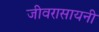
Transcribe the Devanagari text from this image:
जीवरासायनी